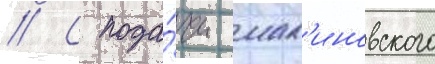
// С пода́чи мал'иновского